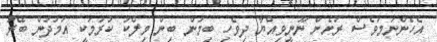
އެހެންނަމަވެސް ރަށެށް ނޫނީވިއްޔާ ދިވެހި ބިމުން ބިން މިލްކު ކުރުމަކީ އަމުދުން ބޭރު